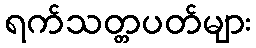
ရက်သတ္တပတ်များ